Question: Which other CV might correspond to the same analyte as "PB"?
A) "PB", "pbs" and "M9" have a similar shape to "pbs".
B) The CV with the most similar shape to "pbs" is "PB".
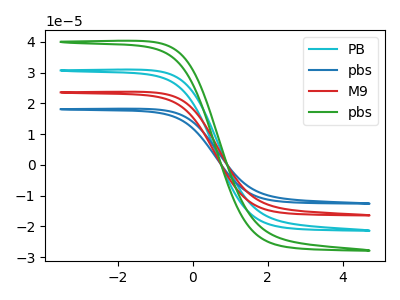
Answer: <think>The cyan curve "PB" has no peaks. The blue curve "pbs" has no peaks. The red curve "M9" has no peaks. The green curve "pbs" has no peaks.
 Neither "PB" or "pbs" have any peaks. Neither "PB" or "M9" have any peaks. Neither "PB" or "pbs" have any peaks. Neither "pbs" or "M9" have any peaks. Neither "pbs" or "pbs" have any peaks. Neither "M9" or "pbs" have any peaks.</think>
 <answer>A) "PB", "pbs" and "M9" have a similar shape to "pbs".</answer>
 <eval>A</eval>